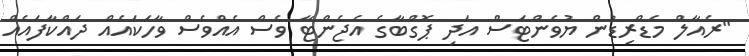
"ރެއާލް މެޑްރިޑުން ޔުވެންޓަސް އަދި ޕޮގްބާގެ އެޖެންޓާ ވެސް އެއްވެސް ވާހަކައެއް ދައްކާފައެއް